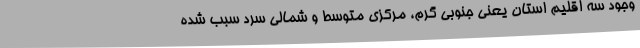
وجود سه اقلیم استان یعنی جنوبی گرم، مرکزی متوسط و شمالی سرد سبب شده